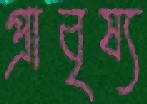
প্রাবৃষ্য